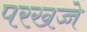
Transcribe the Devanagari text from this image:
परखच्चे